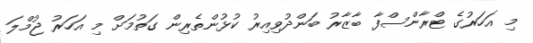
މި އަހަރުގެ ޓްރާންސްފާ ބާޒާރު ބަންދުވިއިރު ކުޅުންތެރިން ގަތުމަށް މި އަހަރު ޖުމްލަ